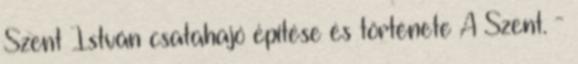
Szent István csatahajó építése és története A Szent. -